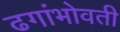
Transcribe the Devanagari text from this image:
ढगांभोवती